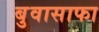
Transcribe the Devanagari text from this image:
बुवासाफा